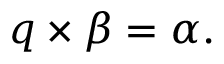
{ q } \times { \beta } = \alpha .